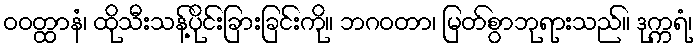
ဝဝတ္ထာနံ၊ ထိုသီးသန့်ပိုင်းခြားခြင်းကို။ ဘဂဝတာ၊ မြတ်စွာဘုရားသည်။ ဒုက္ကရံ၊